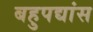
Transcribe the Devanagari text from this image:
बहुपद्यांस